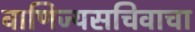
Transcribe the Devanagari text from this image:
वाणिज्यसचिवाचा